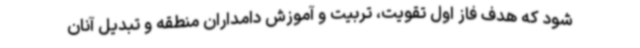
شود که هدف فاز اول تقویت، تربیت و آموزش دامداران منطقه و تبدیل آنان